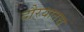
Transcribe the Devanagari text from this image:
दौर्‍यातच